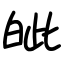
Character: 皉